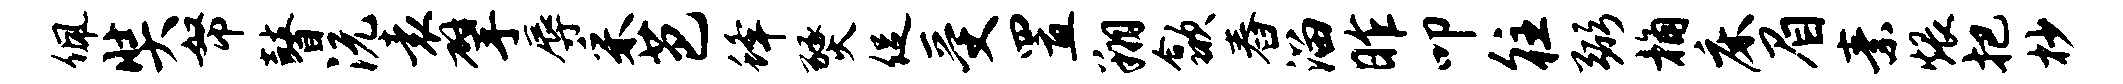
佩奘帑瞽沅袁擘辱采芭蜂燹促受置翔歙舂溜昨叩往弼桷床眉素煨把杪